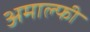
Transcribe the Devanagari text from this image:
अमाल्फी